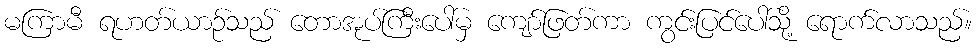
မကြာမီ ရဟတ်ယာဉ်သည် တောအုပ်ကြီးပေါ်မှ ကျော်ဖြတ်ကာ ကွင်းပြင်ပေါ်သို့ ရောက်လာသည်။